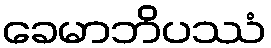
ခေမာဘိပဿံ